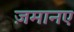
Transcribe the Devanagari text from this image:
ज़मानए